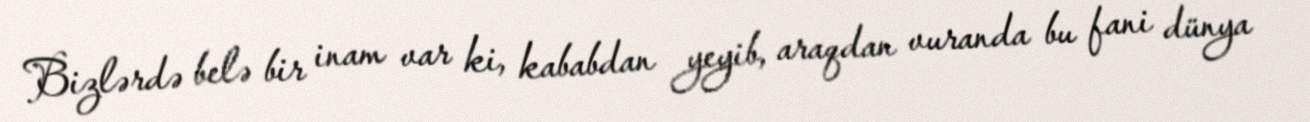
Bizlərdə belə bir inam var ki, kababdan yeyib, araqdan vuranda bu fani dünya